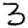
Digit: 3